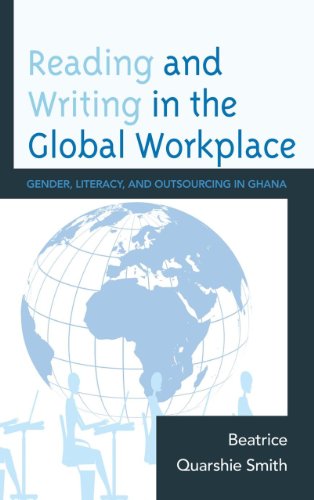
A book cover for Reading and Writing in the Global Workplace: Gender, Literacy, and Outsourcing in Ghana; Beatrice Quarshie Smith; Business & Money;